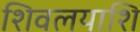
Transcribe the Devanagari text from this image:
शिवलयाशि